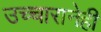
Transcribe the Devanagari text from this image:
उच्चारानेही